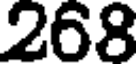
268